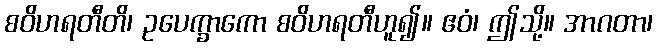
စဝိဟရတီတိ၊ ဥပေက္ခာကော စဝိဟရတီဟူ၍။ ဧဝံ၊ ဤသို့။ အာဂတာ၊